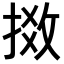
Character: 𢯧